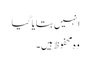
انہیں بتایا گیا
وہ محفوظ ہیں۔